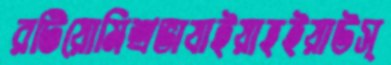
রটিয়োমিশ্রভাষাইয়াহইয়াউস্‌